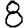
Digit: 8